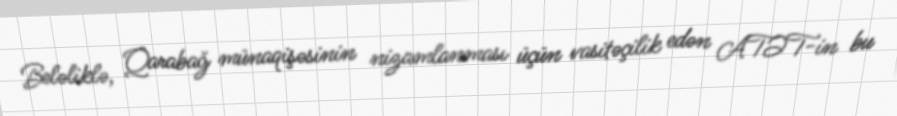
Beləliklə, Qarabağ münaqişəsinin nizamlanması üçün vasitəçilik edən ATƏT-in bu